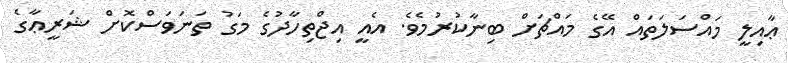
ޢާއިލީ މައްސަލަތައް އޭގެ މައްޗަށް ބިނާކުރުމެވެ. އެއީ އިޖްތިހާދުގެ މަގު ތަނަވަސްކޮށް ޝަރީޢާގެ